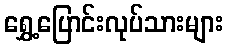
ရွှေ့ပြောင်းလုပ်သားများ